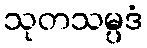
သုတသမ္ပဒံ